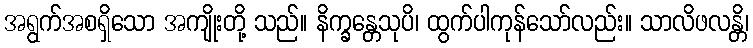
အရွက်အစရှိသော အကျိုးတို့ သည်။ နိက္ခန္တေသုပိ၊ ထွက်ပါကုန်သော်လည်း။ သာလိဖလန္တိ၊